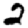
Digit: 2